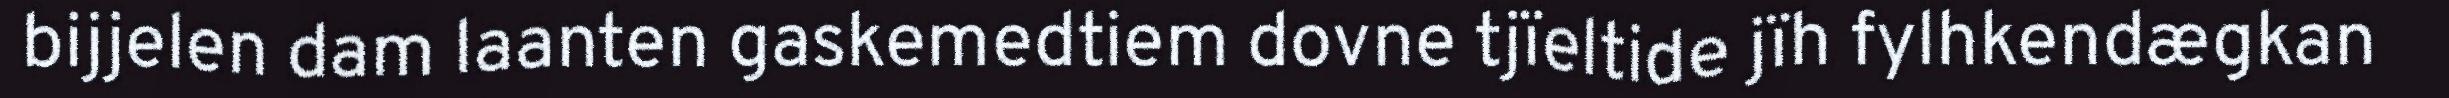
bijjelen dam laanten gaskemedtiem dovne tjïeltide jïh fylhkendægkan